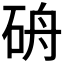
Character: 𥑸